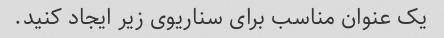
یک عنوان مناسب برای سناریوی زیر ایجاد کنید.